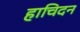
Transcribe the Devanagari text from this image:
हाचिदन